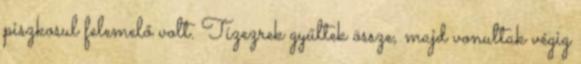
piszkosul felemelő volt. Tízezrek gyűltek össze, majd vonultak végig